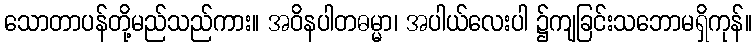
သောတာပန်တို့မည်သည်ကား။ အဝိနပါတဓမ္မာ၊ အပါယ်လေးပါ ၌ကျခြင်းသဘောမရှိကုန်။